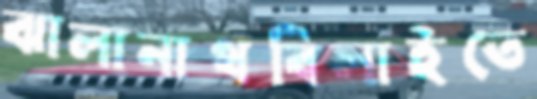
ঝালানাথবিলাইতে